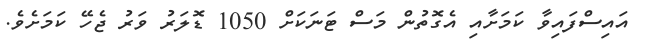
އައިސްފައިވާ ކަމަށާއި އެގޮތުން މަސް ޓަނަކަށް 1050 ޑޮލަރު ވަރު ޖެހޭ ކަަމަށެވެ.